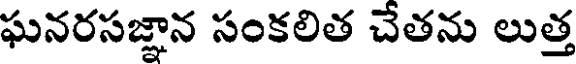
ఘనరసజ్ఞాన సంకలిత చేతను లుత్త